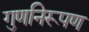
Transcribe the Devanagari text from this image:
गुणनिरूपण